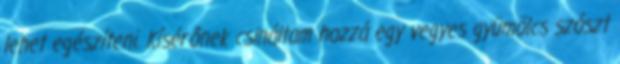
lehet egészíteni. Kísérőnek csináltam hozzá egy vegyes gyümölcs szószt